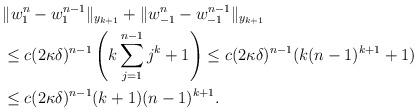
LaTeX: \begin{align*}& \|w^n_1 - w^{n-1}_1\|_{y_{k+1}} + \|w^n_{-1} - w^{n-1}_{-1}\|_{y_{k+1}} \\& \le c (2\kappa \delta)^{n-1}\left( k\sum_{j=1}^{n-1}j^k +1 \right) \le c (2\kappa \delta)^{n-1} (k (n-1)^{k+1} +1) \\& \le c (2\kappa \delta)^{n-1} (k+1) (n-1)^{k+1}.\end{align*}